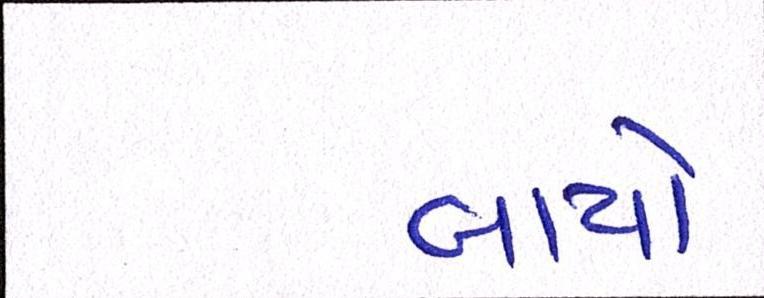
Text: બાયો